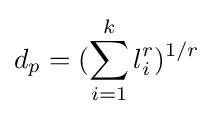
d_{p}=(\sum _{i=1}^{k}l_{i}^{r})^{1/r}